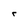
Character: r